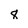
Character: 8